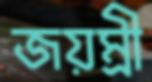
জয়ম্রী